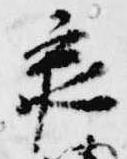
承